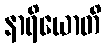
နာရိယောတိ